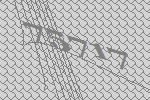
75717